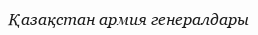
Қазақстан армия генералдары